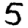
Digit: 5